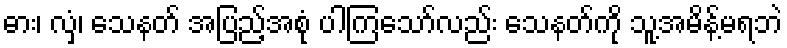
ဓား၊ လှံ၊ သေနတ် အပြည့်အစုံ ပါကြသော်လည်း သေနတ်ကို သူ့အမိန့်မရဘဲ